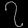
Digit: ၇